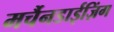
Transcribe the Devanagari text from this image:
मर्चैनडाईज़िंग